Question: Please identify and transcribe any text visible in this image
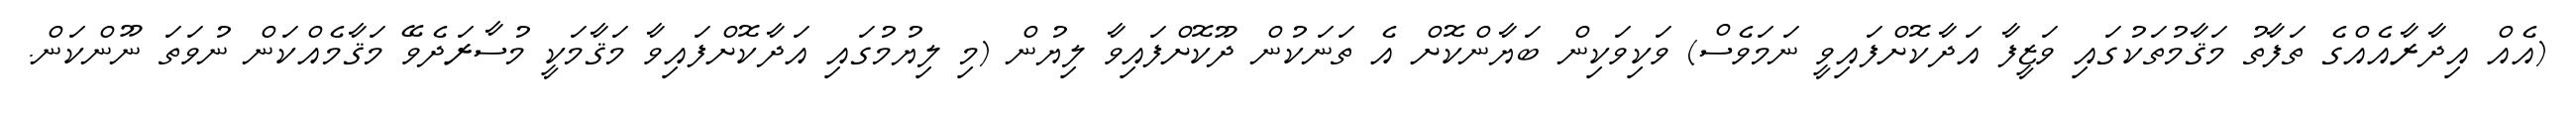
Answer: (އެއް އިދާރާއެއްގެ ތަފާތު މަޤާމުތަކުގައި ވަޒީފާ އަދާކޮށްފައިވީ ނަމަވެސް) ވަކިވަކިން ބަޔާންކޮށް އެ ތަނަކުން ދޫކޮށްފައިވާ ލިޔުން (މި ލިޔުމުގައި އަދާކޮށްފައިވާ މަޤާމަކީ މުސާރަދެވޭ މަޤާމެއްކަން ނުވަތަ ނޫންކަން.